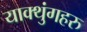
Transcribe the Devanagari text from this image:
याक्थुंगहरु